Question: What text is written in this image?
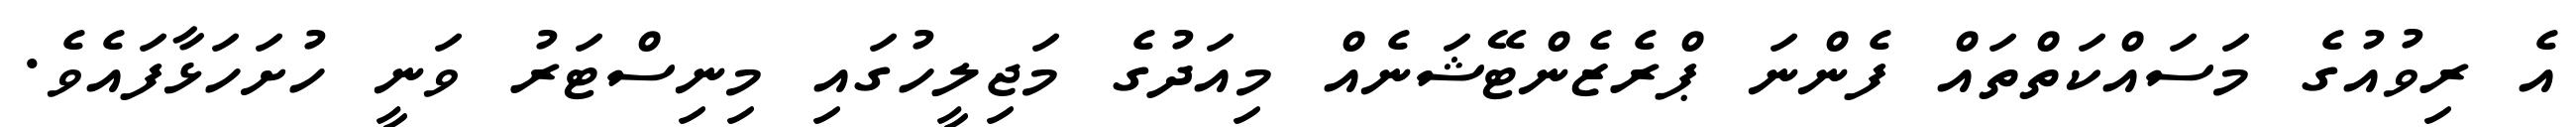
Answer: އެ ރިވުއުގެ މަސައްކަތްތައް ފެންނަ ޕްރެޒެންޓޭޝަނެއް މިއަދުގެ މަޖިލީހުގައި މިނިސްޓަރު ވަނީ ހުށަހަޅާފައެވެ.